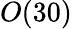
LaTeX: O(30)